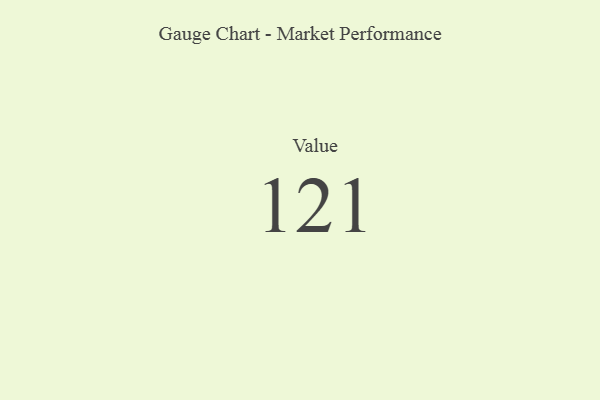
{"axis": {"x": "Metric", "y": "Value"}, "legend": [""], "data": [{"x": "Value", "y": 121, "type": ""}]}